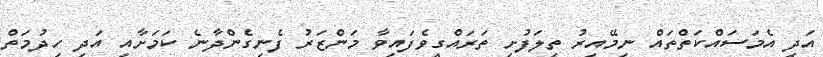
އަދި އެމަސައްކަތްތައް ނިމޭއިރު ތިލަފުށި ތަރައްގީވެފައިވާ މަންޒަރު ފެނިގެންދާނެ ކަަމަށާއި އަދި ހިދުމަތް